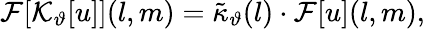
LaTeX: \mathcal{F}[\mathcal{K}_{\vartheta}[u]](l,m)=\tilde{\kappa}_{\vartheta}(l)\cdot\mathcal{F}[u](l,m),